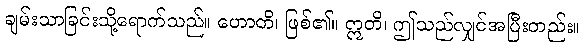
ချမ်းသာခြင်းသို့ရောက်သည်။ ဟောတိ၊ ဖြစ်၏။ ဣတိ၊ ဤသည်လျှင်အပြီးတည်း။